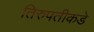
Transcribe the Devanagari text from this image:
तिरुपतीकडे